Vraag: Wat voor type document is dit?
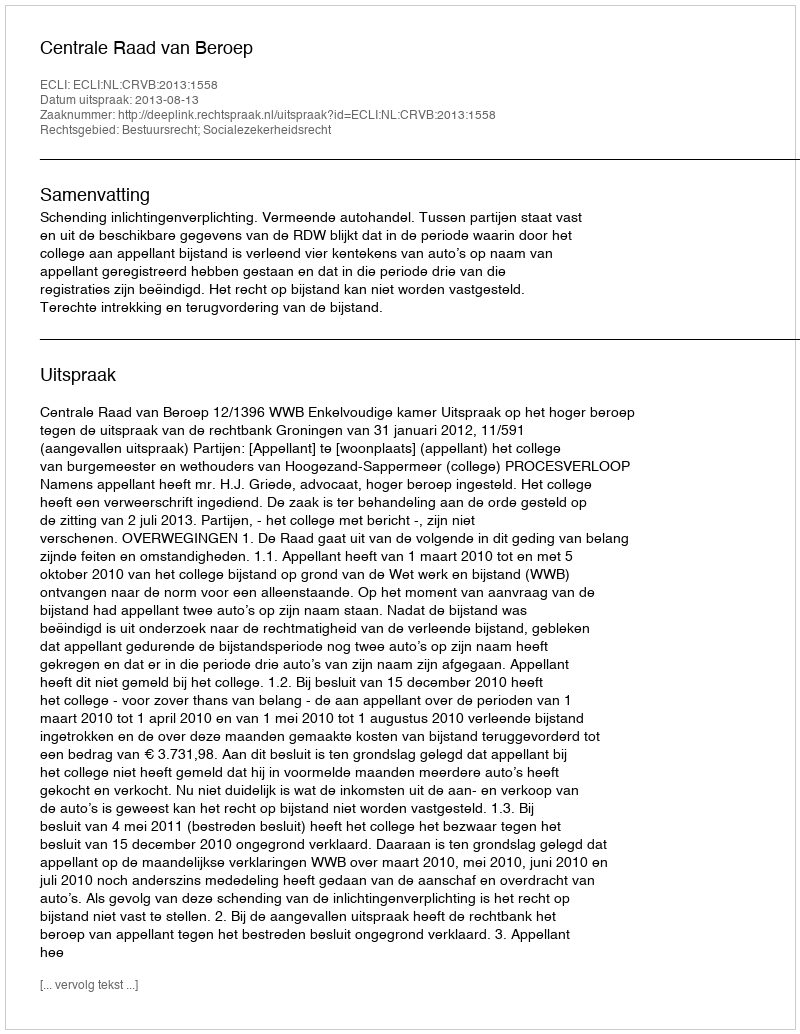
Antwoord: Uitspraak